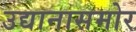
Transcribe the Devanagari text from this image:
उद्यानासमोर